Civil Veterinary Department Bihar reports 1936-40 - 1936-1940
Year: 1936
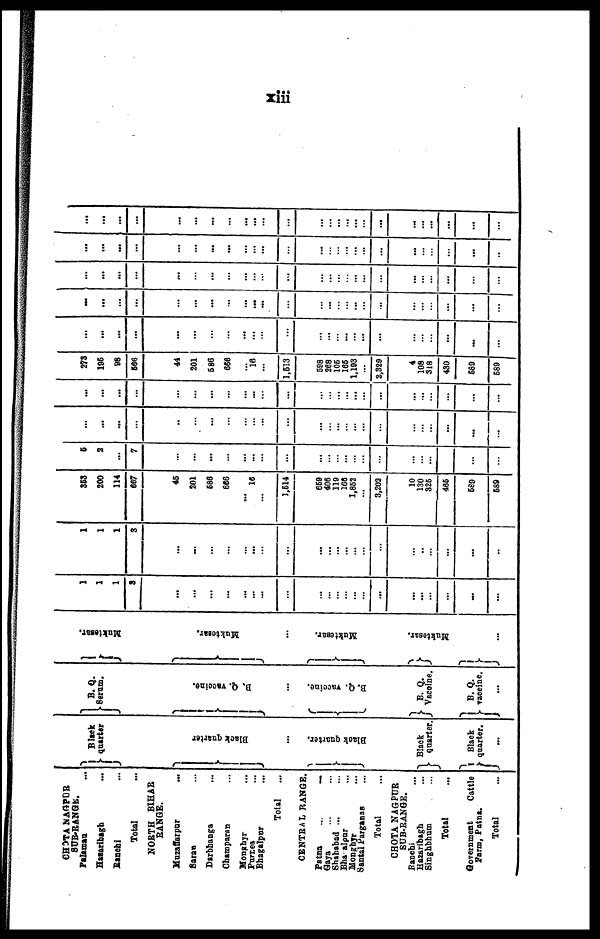
xiii
CHOTA NAGPUR
SUB-RANGE.
Palaman
...
Hazaribagh ...
Ranchi ...
Total ...
NORTH BIHAR
RANGE.
Muzaffarpur ...
Saran ...
Darbhanga ...
Champaran ...
Monahyr ...
Purnea ...
Bhagalpur ...
Total ...
CENTBAL RANGE.
Patna ... ...
Gaya ... ...
Shahabad ... ...
Bha aloar ...
Monghyr ...
Santal Parganas ...
Total ...
CHOTA NAGPUR
SUB-RANGE.
Ranchi ...
Hazaribagh ...
Singhbhum ...
Total ...
Government
Cattle
Farm, Patna.
Total ...
Black
quarter
Black quarter
...
Blaok quarter
Black
quarter.
Black
quarter.
...
... B. Q.
Serum.
B. Q. vaccine.
...
B. Q. vaccine.
B. Q.
Vaccine.
B. Q.
vaccine.
...
Mukt e s
ar .
Muktesar.
...
Muktesar.
Mukt e s
ar .
...
1
1
1
3
...
...
...
...
...
...
...
...
...
...
...
...
...
...
...
...
...
...
...
...
...
1
1
1
3
...
...
...
...
... ...
...
...
...
...
...
...
...
...
...
...
...
...
...
...
353
200
114
667
45
201
586
666
...
16
...
1,514
659
406
119
156
1,852
...
3,202
10
130
325
465
589
589
5
2
...
7
...
...
...
...
...
...
...
...
...
...
... ...
...
...
...
...
...
...
...
...
...
...
...
...
...
..
...
...
...
...
... ...
...
...
...
...
...
...
...
...
...
...
...
...
...
...
...
...
...
...
...
...
...
...
...
...
...
...
...
...
...
... ...
...
...
...
...
...
...
...
...
273
195
98
566
44
201
586
666
16
...
1,513
598
268
105
165
1,193
...
2,329
4
108
318
430
589
589
...
...
...
...
...
...
...
...
...
...
...
... ...
... ...
... ...
...
...
...
...
...
...
...
...
...
...
...
...
...
...
...
...
... ...
...
... ...
...
... ...
...
...
...
...
...
...
...
...
...
...
...
...
...
...
...
...
...
...
...
...
...
...
...
...
...
...
...
...
...
...
...
...
...
...
...
...
...
...
...
...
...
... ...
...
...
...
...
... ...
...
...
...
...
...
...
...
...
..
...
...
...
...
...
...
...
...
...
...
...
...
...
...
...
...
...
...
...
...
...
...
...
...
...